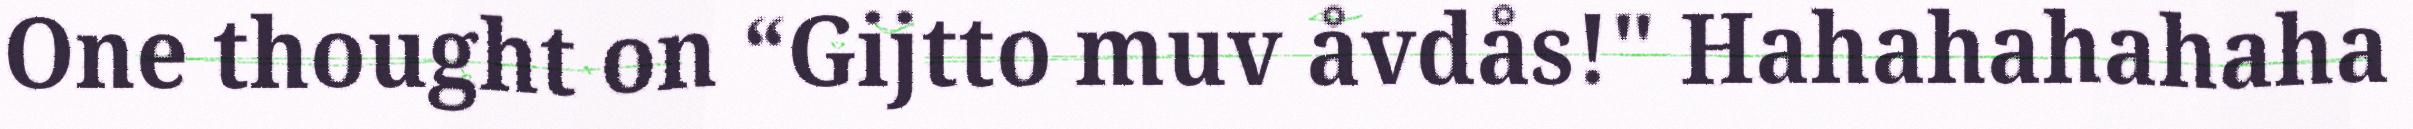
One thought on “Gijtto muv åvdås!" Hahahahahaha